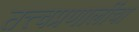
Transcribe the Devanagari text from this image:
तत्त्वप्रणालींचा